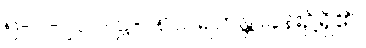
၅-ပါ-၂၁၁၊ ဋ္ဌ-၁၈၀၊ ရဟန္တာခန်း၌ရှိ၏။